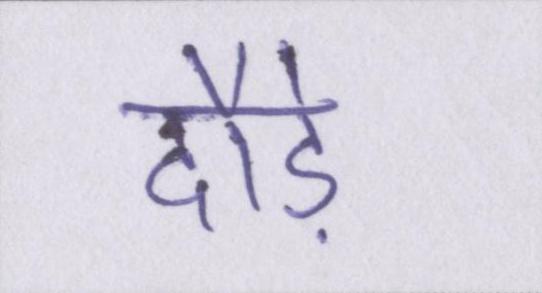
दौड़े